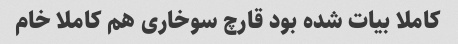
کاملا بیات شده بود قارچ سوخاری هم کاملا خام